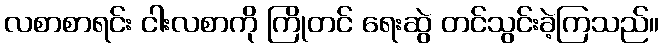
လစာစာရင်း ငါးလစာကို ကြိုတင် ရေးဆွဲ တင်သွင်းခဲ့ကြသည်။